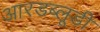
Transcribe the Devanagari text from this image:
आरडब्लूडी